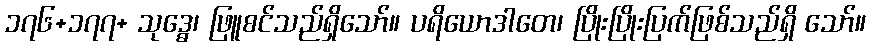
၁၇၆+၁၇၇+ သုဒ္ဓေ၊ ဖြူစင်သည်ရှိသော်။ ပရိယောဒါတေ၊ ပြိုးပြိုးပြက်ဖြစ်သည်ရှိ သော်။